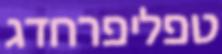
טפליפרחדג